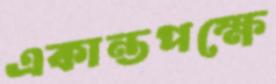
একান্তপক্ষে